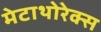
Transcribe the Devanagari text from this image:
मेटाथोरेक्स